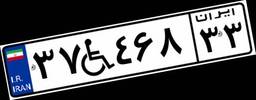
۳۷W۴۶۸۳۳